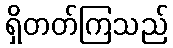
ရှိတတ်ကြသည်